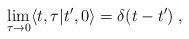
LaTeX: \begin{align*}\lim_{\tau\rightarrow 0}\langle t,\tau\vert t',0\rangle=\delta(t-t')\; ,\end{align*}